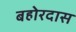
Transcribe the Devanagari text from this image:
बहोरदास